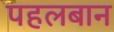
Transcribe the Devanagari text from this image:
पहलबान